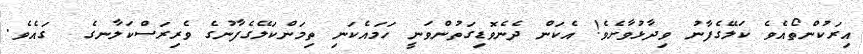
އިރަކުންތޯއެވެ ކަލޭގެފާނު ވިދާޅުވާށެވެ! އެކަން ދެނެވޮޑިގަތުންވަނީ ހަމައެކަނި ތިމަންކަލޭގެފާނުގެ ވެރިރަސްކަލާނގެ  ގައެވެ.